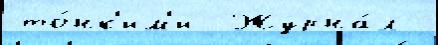
то́нк'им'и  Журна́л